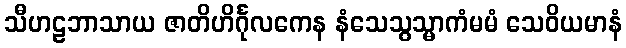
သီဟဠဘာသာယ ဇာတိဟိင်္ဂုလကေန နံသေသွသ္မာကံမမံ သေဝိယမာနံ